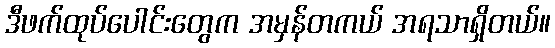
ဒီဖက်ထုပ်ပေါင်းတွေက အမှန်တကယ် အရသာရှိတယ်။